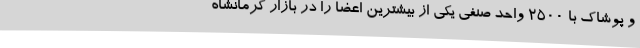
و پوشاک با 2500 واحد صنفی یکی از بیشترین اعضا را در بازار کرمانشاه